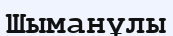
Шыманұлы